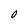
Character: 0